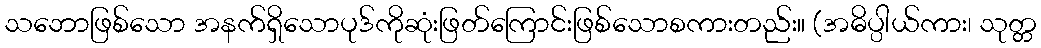
သဘောဖြစ်သော အနက်ရှိသောပုဒ်ကိုဆုံးဖြတ်ကြောင်းဖြစ်သောစကားတည်း။ (အဓိပ္ပါယ်ကား၊ သုတ္တ